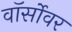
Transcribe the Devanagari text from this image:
वॉर्सोवर